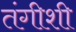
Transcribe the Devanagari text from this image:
तंगीशी